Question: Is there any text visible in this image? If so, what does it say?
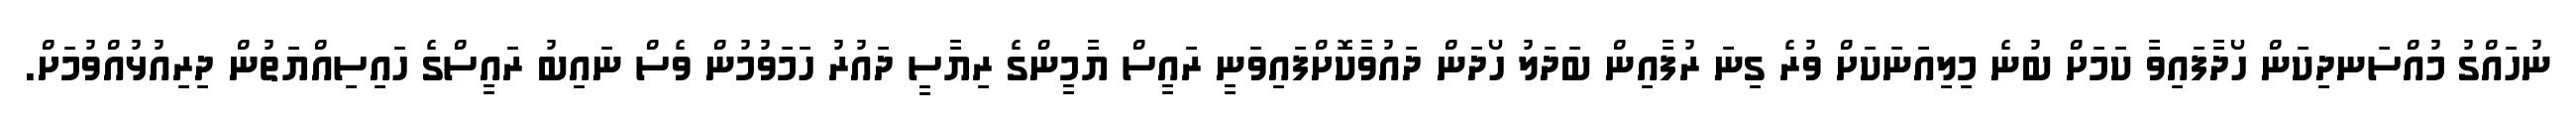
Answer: ނުހައްގު މުއްސަނދިކަން ހޯދާފައިވާ ކަމަށް ބުނެ މިލިއަނަކަށް ވުރެ ގިނަ ރުފާއިން ބަދަލު ހޯދަން ދައުވާކޮށްފައިވަނީ ރައީސް ޔާމީންގެ ރިޔާސީ ދައުރު ހަމަވުމުން ވެސް ނައިބު ރައީސްގެ ހައިސިއްޔަތުން ދިރިއުޅުއްވުމަށް.